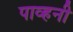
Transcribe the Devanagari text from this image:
पाव्हनी